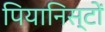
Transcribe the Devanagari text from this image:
पियानिस्टों